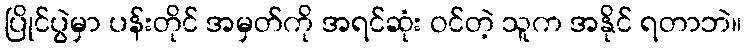
ပြိုင်ပွဲမှာ ပန်းတိုင် အမှတ်ကို အရင်ဆုံး ဝင်တဲ့ သူက အနိုင် ရတာဘဲ။